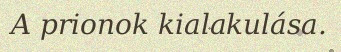
A prionok kialakulása.